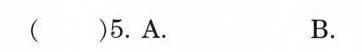
( )5.A. B.